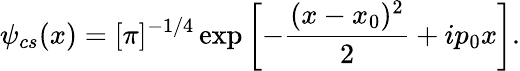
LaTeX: \psi_{cs}(x)=[\pi]^{-1/4}\exp\left[-\frac{(x-x_{0})^{2}}{2}+ip_{0}x\right].